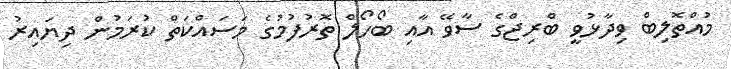
މުއްތޮލިބް ވިދާޅުވީ ބްރިޖްގެ ސާވޭ އާއި ބޯހޯލް ތޮރުފުމުގެ މަސައްކަތް ކުރަމުން ދިޔައިރު